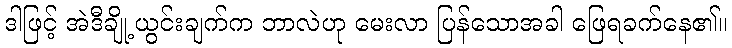
ဒါဖြင့် အဲဒီချို့ယွင်းချက်က ဘာလဲဟု မေးလာ ပြန်သောအခါ ဖြေရခက်နေ၏။